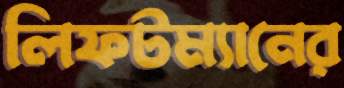
লিফটম্যানের